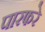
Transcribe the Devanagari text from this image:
पारफरे